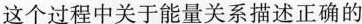
这个过程中关于能量关系描述正确的